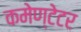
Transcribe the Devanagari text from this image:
कमेण्टेटर